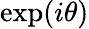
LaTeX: \exp(i\theta)